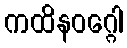
ကထိနဝဂ္ဂေါ